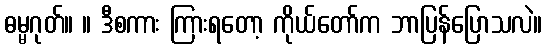
ဓမ္မဂုတ်။ ။ ဒီစကား ကြားရတော့ ကိုယ်တော်က ဘာပြန်ပြောသလဲ။